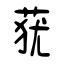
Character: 莸